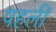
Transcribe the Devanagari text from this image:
पहलीं